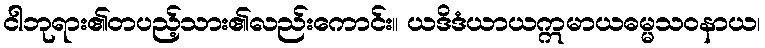
ငါဘုရား၏တပည့်သား၏လည်းကောင်း။ ယဒိဒံယာယဣမာယဓမ္မသဝနာယ၊